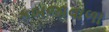
કબજાવાળા